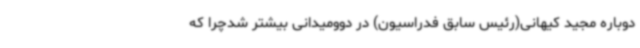
دوباره مجید کیهانی(رئیس سابق فدراسیون) در دوومیدانی بیشتر شدچرا که